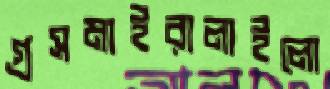
গ্রসমাইরালাইলো